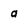
Character: a